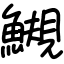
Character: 䲅